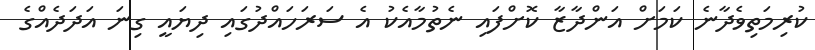
ކުރިމަތިވެދާނެ ކަމަށް އަންދާޒާ ކޮށްފައި ނެތުމާއެކު އެ ސަރަހައްދުގައި ދިޔައީ ގިނަ އަދަދެއްގެ